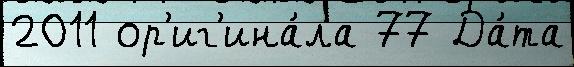
2011 ор'иг'ина́ла 77 Да́та